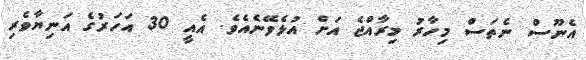
އެނޫސް ނެތަސް މިހާރު މިރާއްޖެ އަށް އުޅެވޭނެއެވެ. އެއީ 30 އަހަރުގެ އަނިޔާވެރި